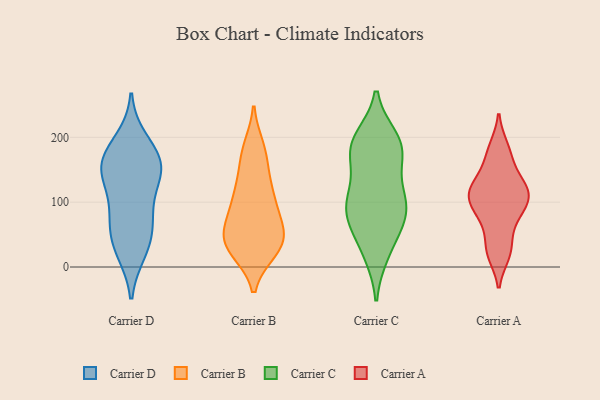
{"axis": {"x": "Shipments", "y": "Value"}, "legend": ["Carrier A", "Carrier B", "Carrier C", "Carrier D"], "data": [{"x": "", "y": 92, "type": "Carrier D"}, {"x": "", "y": 123, "type": "Carrier D"}, {"x": "", "y": 24, "type": "Carrier D"}, {"x": "", "y": 72, "type": "Carrier D"}, {"x": "", "y": 158, "type": "Carrier D"}, {"x": "", "y": 46, "type": "Carrier D"}, {"x": "", "y": 27, "type": "Carrier D"}, {"x": "", "y": 152, "type": "Carrier D"}, {"x": "", "y": 195, "type": "Carrier D"}, {"x": "", "y": 146, "type": "Carrier D"}, {"x": "", "y": 157, "type": "Carrier D"}, {"x": "", "y": 69, "type": "Carrier D"}, {"x": "", "y": 181, "type": "Carrier D"}, {"x": "", "y": 156, "type": "Carrier D"}, {"x": "", "y": 99, "type": "Carrier B"}, {"x": "", "y": 141, "type": "Carrier B"}, {"x": "", "y": 123, "type": "Carrier B"}, {"x": "", "y": 184, "type": "Carrier B"}, {"x": "", "y": 29, "type": "Carrier B"}, {"x": "", "y": 51, "type": "Carrier B"}, {"x": "", "y": 62, "type": "Carrier B"}, {"x": "", "y": 58, "type": "Carrier B"}, {"x": "", "y": 25, "type": "Carrier B"}, {"x": "", "y": 87, "type": "Carrier B"}, {"x": "", "y": 179, "type": "Carrier B"}, {"x": "", "y": 36, "type": "Carrier B"}, {"x": "", "y": 26, "type": "Carrier B"}, {"x": "", "y": 64, "type": "Carrier B"}, {"x": "", "y": 39, "type": "Carrier B"}, {"x": "", "y": 117, "type": "Carrier B"}, {"x": "", "y": 172, "type": "Carrier B"}, {"x": "", "y": 100, "type": "Carrier B"}, {"x": "", "y": 30, "type": "Carrier B"}, {"x": "", "y": 164, "type": "Carrier C"}, {"x": "", "y": 174, "type": "Carrier C"}, {"x": "", "y": 199, "type": "Carrier C"}, {"x": "", "y": 97, "type": "Carrier C"}, {"x": "", "y": 95, "type": "Carrier C"}, {"x": "", "y": 181, "type": "Carrier C"}, {"x": "", "y": 193, "type": "Carrier C"}, {"x": "", "y": 112, "type": "Carrier C"}, {"x": "", "y": 21, "type": "Carrier C"}, {"x": "", "y": 74, "type": "Carrier C"}, {"x": "", "y": 68, "type": "Carrier C"}, {"x": "", "y": 102, "type": "Carrier C"}, {"x": "", "y": 199, "type": "Carrier C"}, {"x": "", "y": 80, "type": "Carrier C"}, {"x": "", "y": 179, "type": "Carrier C"}, {"x": "", "y": 121, "type": "Carrier C"}, {"x": "", "y": 20, "type": "Carrier C"}, {"x": "", "y": 57, "type": "Carrier C"}, {"x": "", "y": 184, "type": "Carrier A"}, {"x": "", "y": 90, "type": "Carrier A"}, {"x": "", "y": 128, "type": "Carrier A"}, {"x": "", "y": 114, "type": "Carrier A"}, {"x": "", "y": 113, "type": "Carrier A"}, {"x": "", "y": 93, "type": "Carrier A"}, {"x": "", "y": 123, "type": "Carrier A"}, {"x": "", "y": 68, "type": "Carrier A"}, {"x": "", "y": 164, "type": "Carrier A"}, {"x": "", "y": 20, "type": "Carrier A"}, {"x": "", "y": 29, "type": "Carrier A"}]}